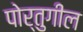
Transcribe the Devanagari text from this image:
पोर्तुगील